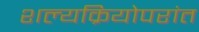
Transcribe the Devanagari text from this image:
शल्यक्रियोपरांत